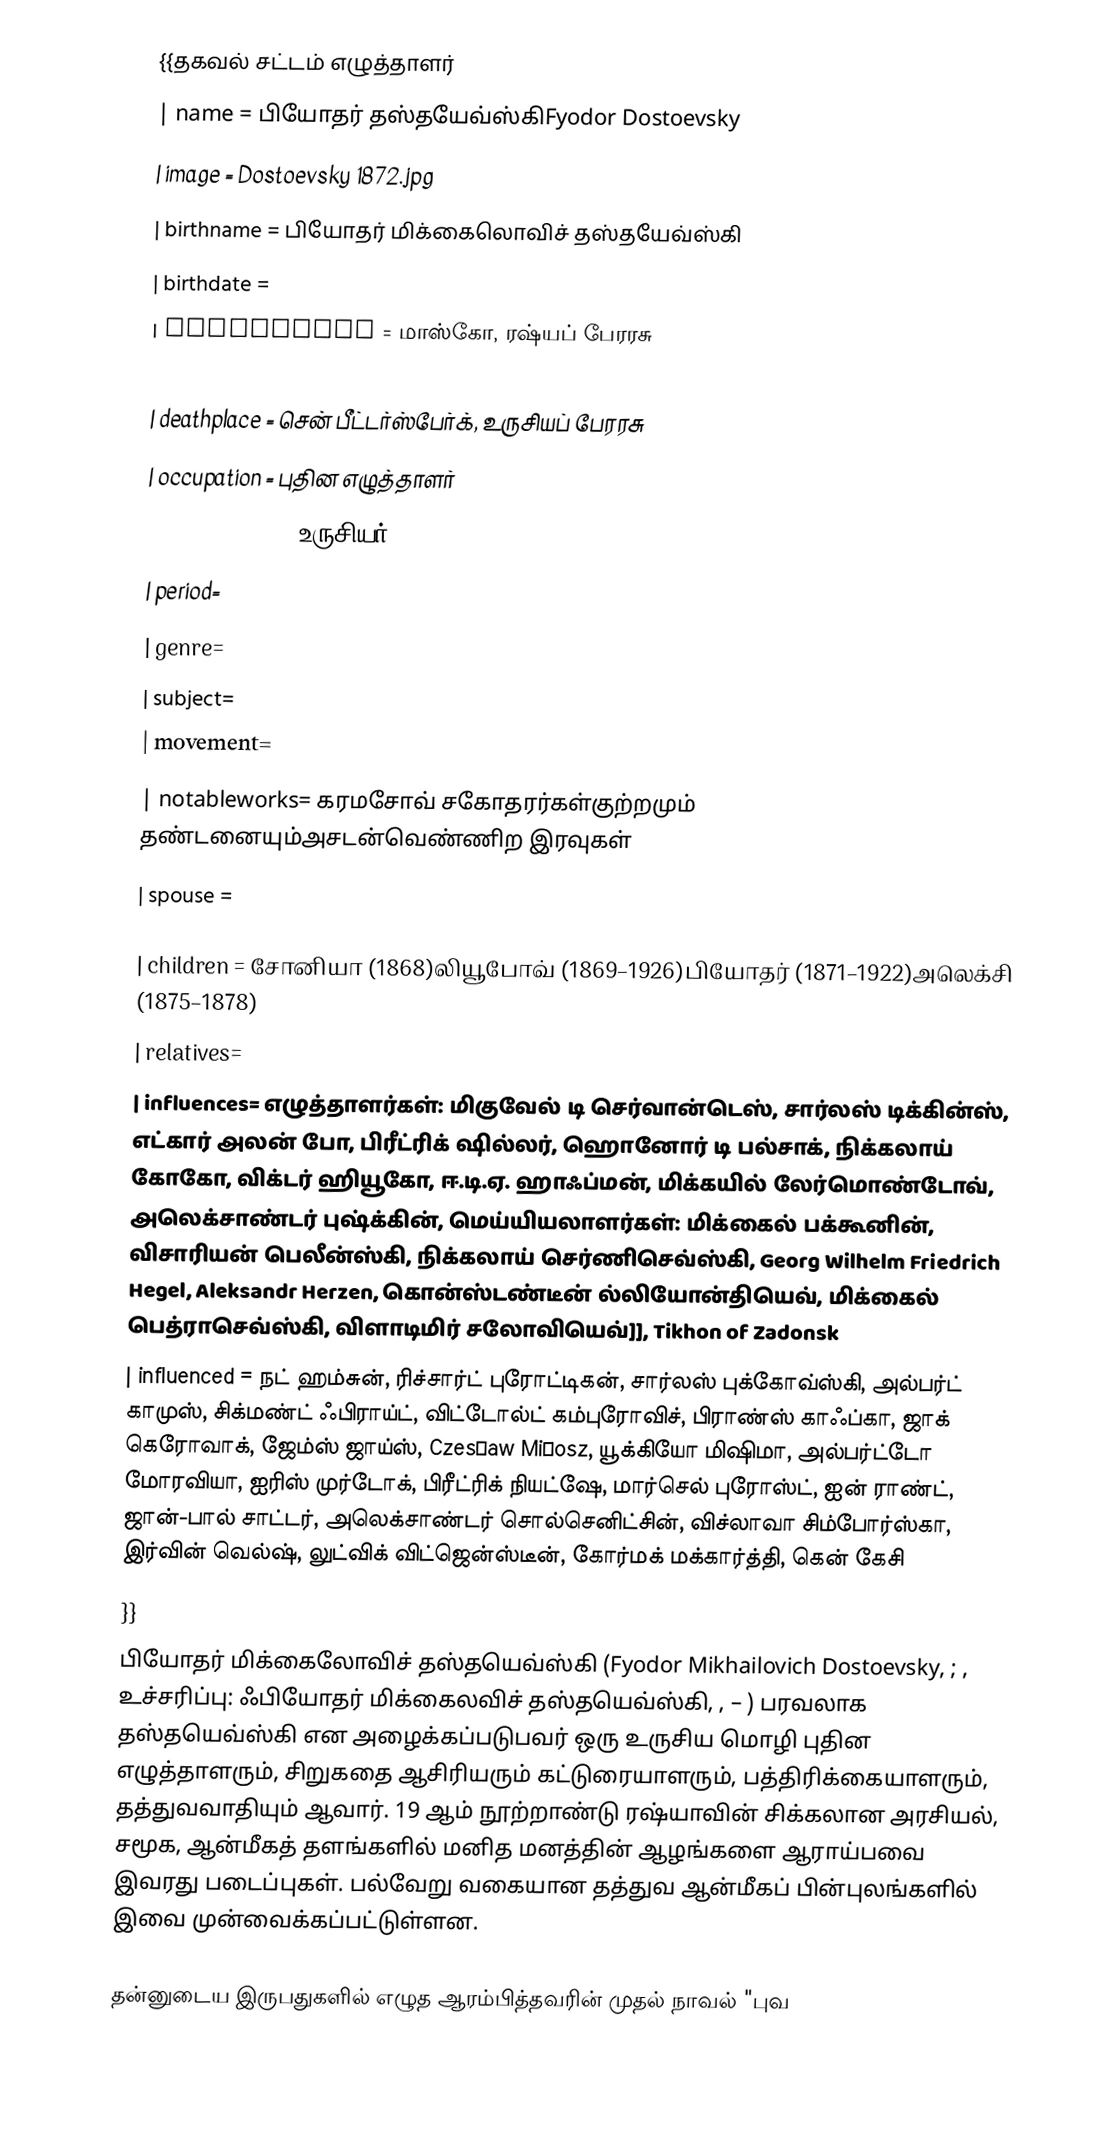
{{தகவல் சட்டம் எழுத்தாளர்
| name = பியோதர் தஸ்தயேவ்ஸ்கிFyodor Dostoevsky
| image = Dostoevsky 1872.jpg
| birthname = பியோதர் மிக்கைலொவிச் தஸ்தயேவ்ஸ்கி
| birthdate =
| birthplace = மாஸ்கோ, ரஷ்யப் பேரரசு
| deathdate =
| deathplace = சென் பீட்டர்ஸ்பேர்க், உருசியப் பேரரசு
| occupation = புதின எழுத்தாளர்
| nationality = உருசியர்
| period=
| genre=
| subject=
| movement=
| notableworks= கரமசோவ் சகோதரர்கள்குற்றமும் தண்டனையும்அசடன்வெண்ணிற இரவுகள்
| spouse =

| children = சோனியா (1868)லியூபோவ் (1869–1926)பியோதர் (1871–1922)அலெக்சி (1875–1878)
| relatives=
| influences= எழுத்தாளர்கள்: மிகுவேல் டி செர்வான்டெஸ், சார்லஸ் டிக்கின்ஸ், எட்கார் அலன் போ, பிரீட்ரிக் ஷில்லர், ஹொனோர் டி பல்சாக், நிக்கலாய் கோகோ, விக்டர் ஹியூகோ, ஈ.டி.ஏ. ஹாஃப்மன், மிக்கயில் லேர்மொண்டோவ், அலெக்சாண்டர் புஷ்க்கின், மெய்யியலாளர்கள்: மிக்கைல் பக்கூனின், விசாரியன் பெலீன்ஸ்கி, நிக்கலாய் செர்ணிசெவ்ஸ்கி, Georg Wilhelm Friedrich Hegel, Aleksandr Herzen, கொன்ஸ்டண்டீன் ல்லியோன்தியெவ், மிக்கைல் பெத்ராசெவ்ஸ்கி, விளாடிமிர் சலோவியெவ்]], Tikhon of Zadonsk
| influenced = நட் ஹம்சுன், ரிச்சார்ட் புரோட்டிகன், சார்லஸ் புக்கோவ்ஸ்கி, அல்பர்ட் காமுஸ், சிக்மண்ட் ஃபிராய்ட், விட்டோல்ட் கம்புரோவிச், பிராண்ஸ் காஃப்கா, ஜாக் கெரோவாக், ஜேம்ஸ் ஜாய்ஸ், Czesław Miłosz, யூக்கியோ மிஷிமா, அல்பர்ட்டோ மோரவியா, ஐரிஸ் முர்டோக், பிரீட்ரிக் நியட்ஷே, மார்செல் புரோஸ்ட், ஐன் ராண்ட், ஜான்-பால் சாட்டர், அலெக்சாண்டர் சொல்செனிட்சின், விச்லாவா சிம்போர்ஸ்கா, இர்வின் வெல்ஷ், லுட்விக் விட்ஜென்ஸ்டீன், கோர்மக் மக்கார்த்தி, கென் கேசி
}}
பியோதர் மிக்கைலோவிச் தஸ்தயெவ்ஸ்கி (Fyodor Mikhailovich Dostoevsky, ; , உச்சரிப்பு: ஃபியோதர் மிக்கைலவிச் தஸ்தயெவ்ஸ்கி, ,  – ) பரவலாக தஸ்தயெவ்ஸ்கி என அழைக்கப்படுபவர் ஒரு உருசிய மொழி புதின எழுத்தாளரும், சிறுகதை ஆசிரியரும் கட்டுரையாளரும், பத்திரிக்கையாளரும், தத்துவவாதியும் ஆவார். 19 ஆம் நூற்றாண்டு ரஷ்யாவின் சிக்கலான அரசியல், சமூக, ஆன்மீகத் தளங்களில் மனித மனத்தின் ஆழங்களை ஆராய்பவை இவரது படைப்புகள். பல்வேறு வகையான தத்துவ ஆன்மீகப் பின்புலங்களில் இவை முன்வைக்கப்பட்டுள்ளன.

தன்னுடைய இருபதுகளில் எழுத ஆரம்பித்தவரின் முதல் நாவல் "புவ